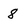
Character: 8